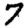
Digit: 7